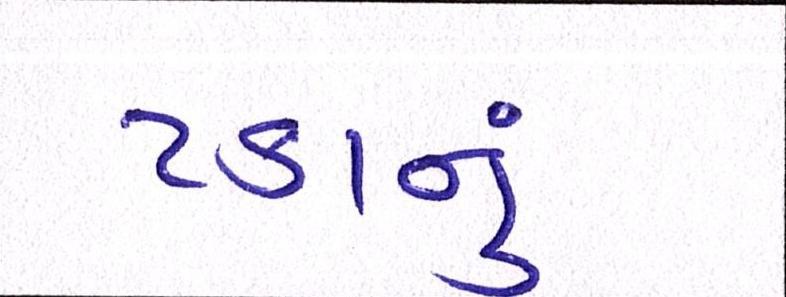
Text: ટકાનું